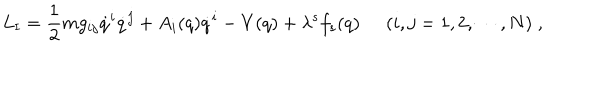
L _ { \mathrm { I } } = \frac { 1 } { 2 } m g _ { i j } \dot { q } ^ { i } \dot { q } ^ { j } + A _ { i } ( q ) \dot { q } ^ { i } - V ( q ) + \lambda ^ { s } f _ { s } ( q ) \; \; ( i , j = 1 , 2 , \cdots , N ) \; ,